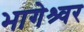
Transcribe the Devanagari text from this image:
भागेश्र्वर